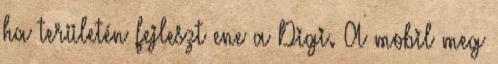
ha területén fejleszt ene a Digi. A mobil meg